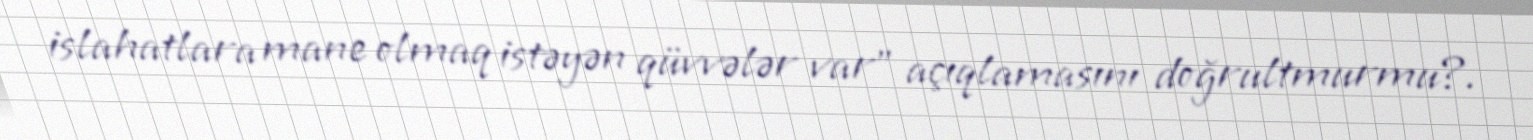
islahatlara mane olmaq istəyən qüvvələr var” açıqlamasını doğrultmurmu?.